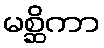
မစ္ဆိကာ